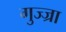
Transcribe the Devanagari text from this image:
गुज्ज्रा